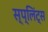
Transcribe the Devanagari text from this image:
स्प्लिंट्स